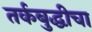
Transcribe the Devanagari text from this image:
तर्कबुद्धीचा